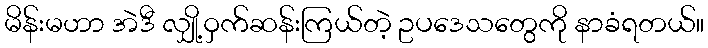
မိန်းမဟာ အဲဒီ လျှို့ဝှက်ဆန်းကြယ်တဲ့ ဥပဒေသတွေကို နာခံရတယ်။